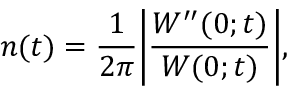
n ( t ) = \frac { 1 } { 2 \pi } \biggl | \frac { W ^ { \prime \prime } ( 0 ; t ) } { W ( 0 ; t ) } \biggr | ,